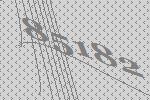
85182